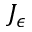
J _ { \epsilon }